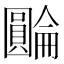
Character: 𡈺